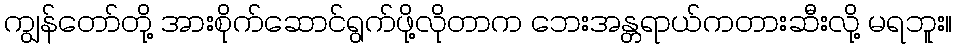
ကျွန်တော်တို့ အားစိုက်ဆောင်ရွက်ဖို့လိုတာက ဘေးအန္တရာယ်ကတားဆီးလို့ မရဘူး။